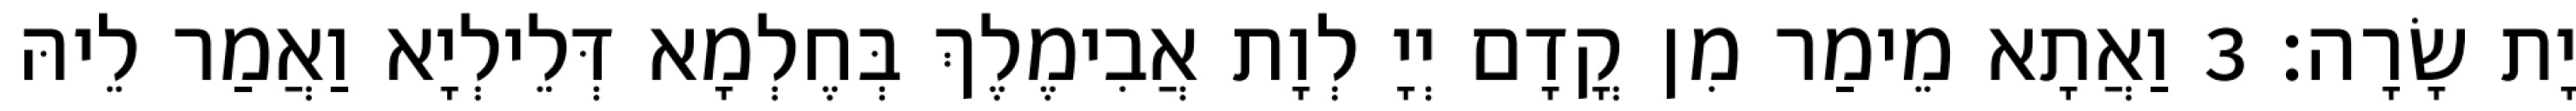
יָת שָׂרָה׃ 3 וַאֲתָא מֵימַר מִן קֳדָם יְיָ לְוָת אֲבִימֶלֶךְ בְּחֶלְמָא דְּלֵילְיָא וַאֲמַר לֵיהּ